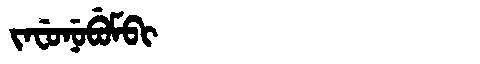
Manchu: ᠵᠠᠸᡠᠨᡠᠪᡠᠮᠪᡳ
Romanization: JAFUNUBUMBI